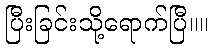
ပြီးခြင်းသို့ရောက်ပြီ။။